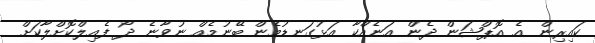
ކައިރިން އެ އޮޕްޝަން ދެން އަނެއްކާ އަޅުގަނޑުމެން ބޭނުމެއް ނުވާނެ ދޯ ފެއިލްކޮށްލާކަށް